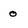
Character: 0